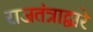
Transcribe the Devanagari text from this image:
राजतंत्राद्वारे